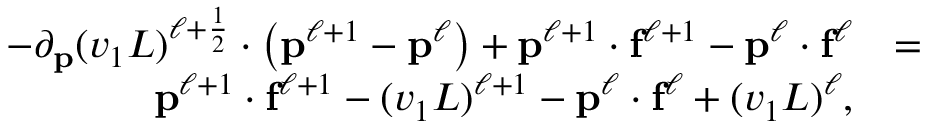
\begin{array} { r l r } { - \partial _ { \mathbf { p } } ( v _ { 1 } L ) ^ { \ell + \frac { 1 } { 2 } } \cdot \left( \mathbf { p } ^ { \ell + 1 } - \mathbf { p } ^ { \ell } \right) + \mathbf { p } ^ { \ell + 1 } \cdot \mathbf { f } ^ { \ell + 1 } - \mathbf { p } ^ { \ell } \cdot \mathbf { f } ^ { \ell } } & { = } & \\ { \mathbf { p } ^ { \ell + 1 } \cdot \mathbf { f } ^ { \ell + 1 } - ( v _ { 1 } L ) ^ { \ell + 1 } - \mathbf { p } ^ { \ell } \cdot \mathbf { f } ^ { \ell } + ( v _ { 1 } L ) ^ { \ell } , } & { } & \end{array}